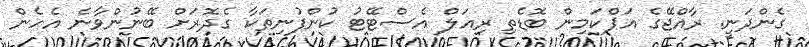
ގެންދަނީ. ރާއްޖޭގެ އަޕްކަމިން ބޮޑެތި ރިއަލް އެސްޓޭޓު ކުންފުނިތަކާ ގެދޮރަށް ބޭނުންވާނެ އެހެން